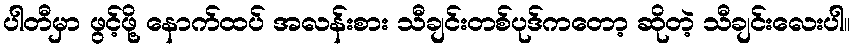
ပါတီမှာ ဖွင့်ဖို့ နောက်ထပ် အလန်းစား သီချင်းတစ်ပုဒ်ကတော့ ဆိုတဲ့ သီချင်းလေးပါ။